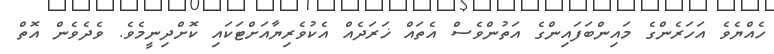
ހެއްޔެވެ އަހަރެންގެ މައިންބަފައިންގެ އަތުންވެސް އެތައް ޚަރަދެއް އެކުވެރިޔާއަށްޓަކައި ކޮށްދިނީމެވެ. ވެދެވެން އޮތް